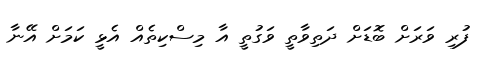
ފުރި ވަރަށް ބޮޑަށް ދަތިވާތީ ވަގުތީ އާ މިސްކިތެއް އެޅީ ކަމަށް އޭނާ